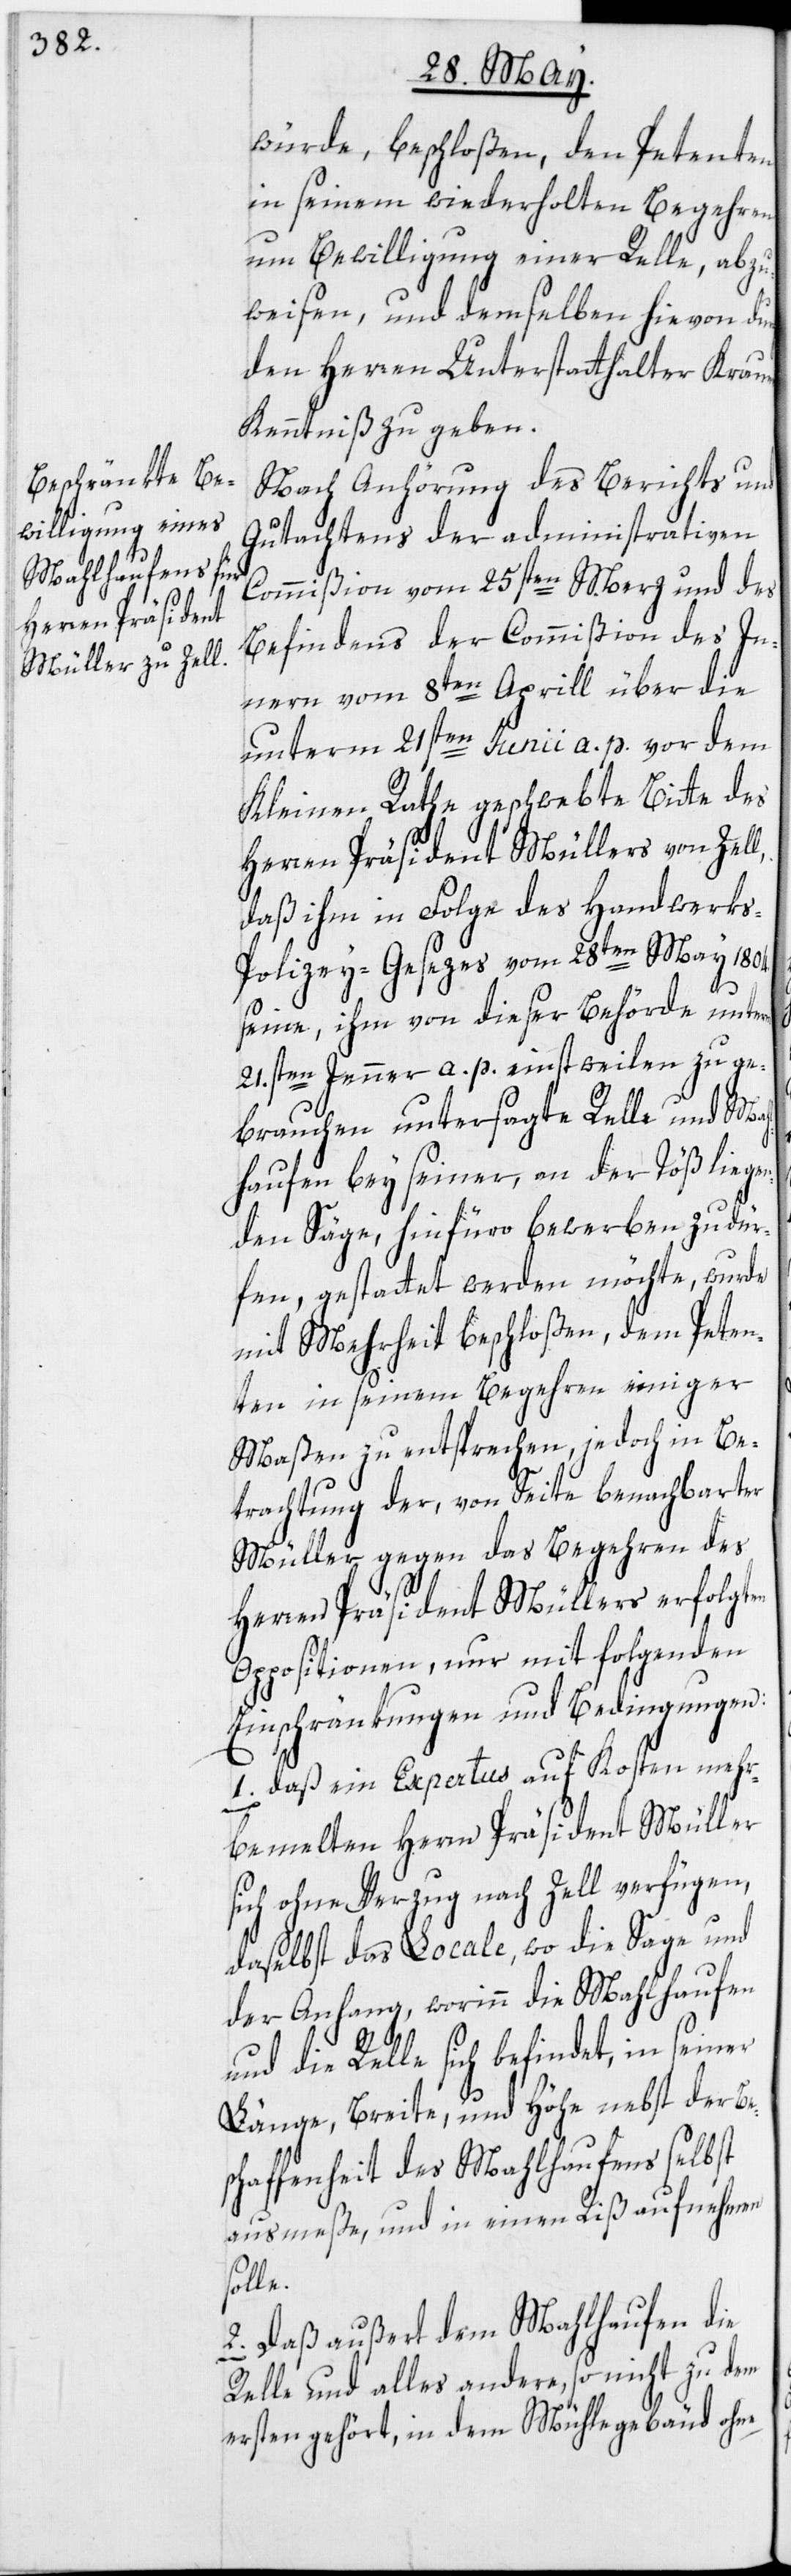
rch
Herren Präsident

würde, beschloßen, den Petenten
in seinem wiederholten Begehren
um Bewilligung einer Relle, abzu¬
weisen, und demselben hievon du¬
den Herren Unterstatthalter Krauer
Kenntniß zu geben.
Nach Anhörung des Berichts und
Gutachtens der administrativen
Commißion vom 25sten Merz und des
Befindens der Commißion des In¬
nern vom 8ten Aprill über die
unterm 21sten Junii a. p. vor dem
Kleinen Rathe geschwebte Bitte des
Herren Präsident Müllers von Zell,
daß ihm in Folge des Handwerk¬
s-Polizey-Gesezes vom 28ten May 1804.
seine, ihm von dieser Behörde unterm
21.sten Jenner a. p. einstweilen zu ge¬
brauchen untersagte Relle und Mah¬
lhaufen bey seiner, an der Töß liegen¬
den Säge, hinfüro bewerben zu dür¬
fen, gestattet werden möchte, wurde
mit Mehrheit beschloßen, dem Peten¬
ten in seinem Begehren einiger
Maßen zu entsprechen, jedoch in Be¬
trachtung der, von Seite benachbarter
Müller gegen das Begehren des
Oppositionen, nur mit folgenden
Einschränkungen und Bedingungen:
1. Daß ein Expertus auf Kosten mehr¬
bemel[d]ten Herrn Präsident Müller
sich ohne Verzug nach Zell verfügen,
daselbst das Locale, wo die Sage und
der Anhang, worinn die Mahlhaufen
und die Relle sich befindet, in seiner
Länge, Breite, und Höhe nebst der Be¬
schaffenheit des Mahlhaufens selbst
ausmeße, und in einen Riß aufnehmen
solle.
2. Daß außert dem Mahlhaufen die
Relle und alles andere, so nicht zu dem
ersten gehört, in dem Mühlegebäud ohne